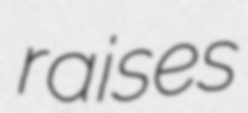
raises